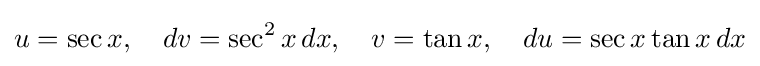
u=\sec x,\quad dv=\sec ^{2}x\,dx,\quad v=\tan x,\quad du=\sec x\tan x\,dx